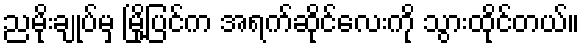
ညမိုးချုပ်မှ မြို့ပြင်က အရက်ဆိုင်လေးကို သွားထိုင်တယ်။